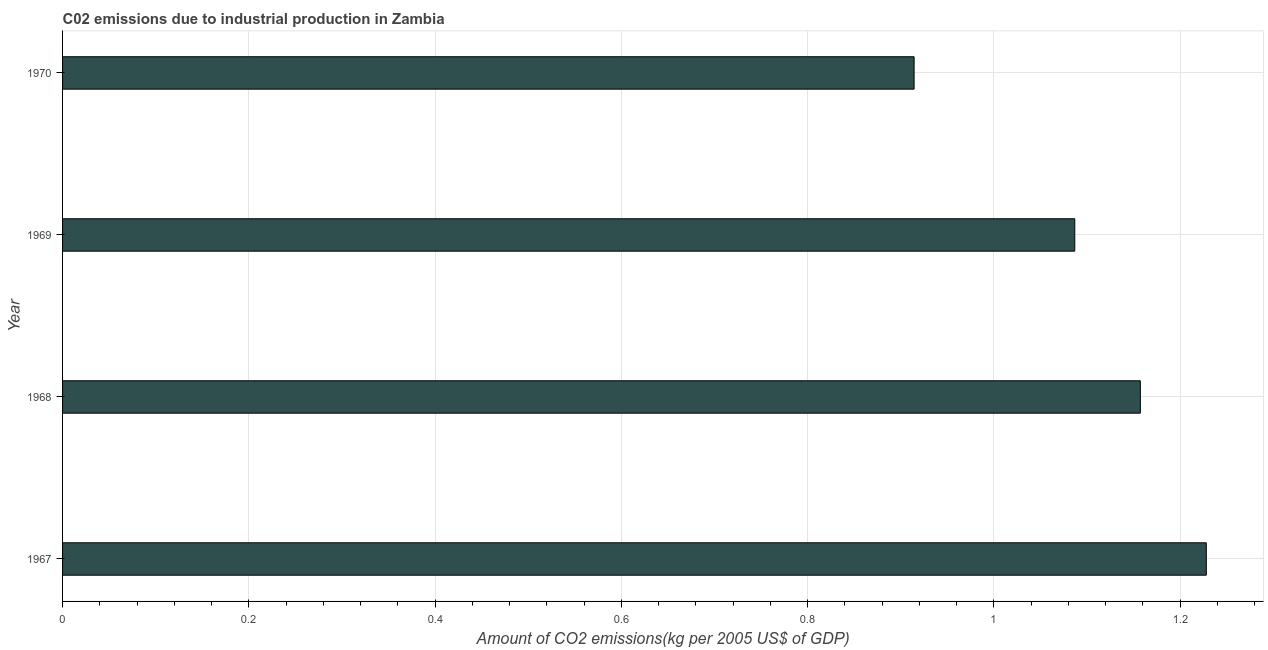
| Year | CO2 emissions  |
 | --- | --- |
 | 1967 | 1.23 |
 | 1968 | 1.16 |
 | 1969 | 1.09 |
 | 1970 | 0.914 |